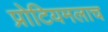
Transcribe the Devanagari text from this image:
प्रोटियमलाच